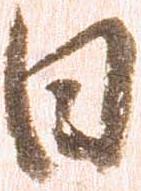
日